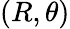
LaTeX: (R,\theta)